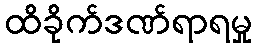
ထိခိုက်ဒဏ်ရာရမှု